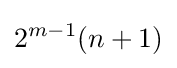
2^{m-1}(n+1)